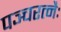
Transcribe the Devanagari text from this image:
पञ्चरत्नैः